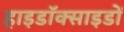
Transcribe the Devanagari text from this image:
हाइडॉक्साइडों